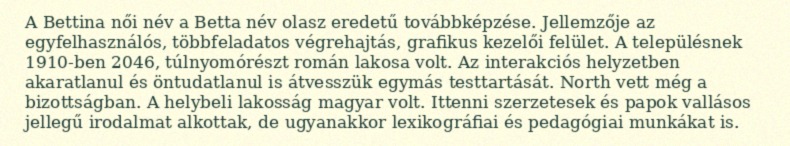
A Bettina női név a Betta név olasz eredetű továbbképzése. Jellemzője az egyfelhasználós, többfeladatos végrehajtás, grafikus kezelői felület. A településnek 1910-ben 2046, túlnyomórészt román lakosa volt. Az interakciós helyzetben akaratlanul és öntudatlanul is átvesszük egymás testtartását. North vett még a bizottságban. A helybeli lakosság magyar volt. Ittenni szerzetesek és papok vallásos jellegű irodalmat alkottak, de ugyanakkor lexikográfiai és pedagógiai munkákat is.